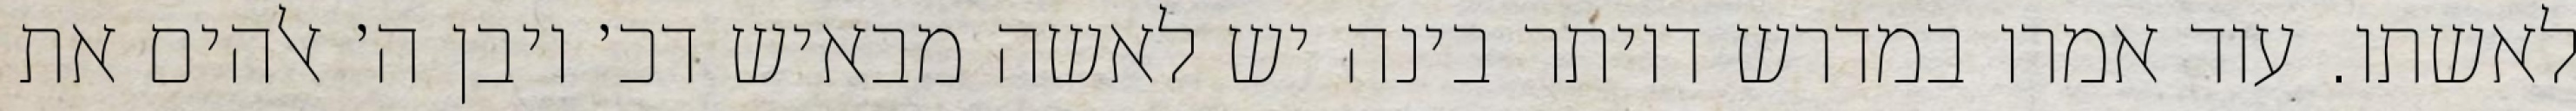
לאשתו. עוד אמרו במדרש דיותר בינה יש לאשה מבאיש דכ׳ ויבן ה׳ אלהים את